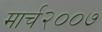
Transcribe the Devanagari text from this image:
मार्च२००७